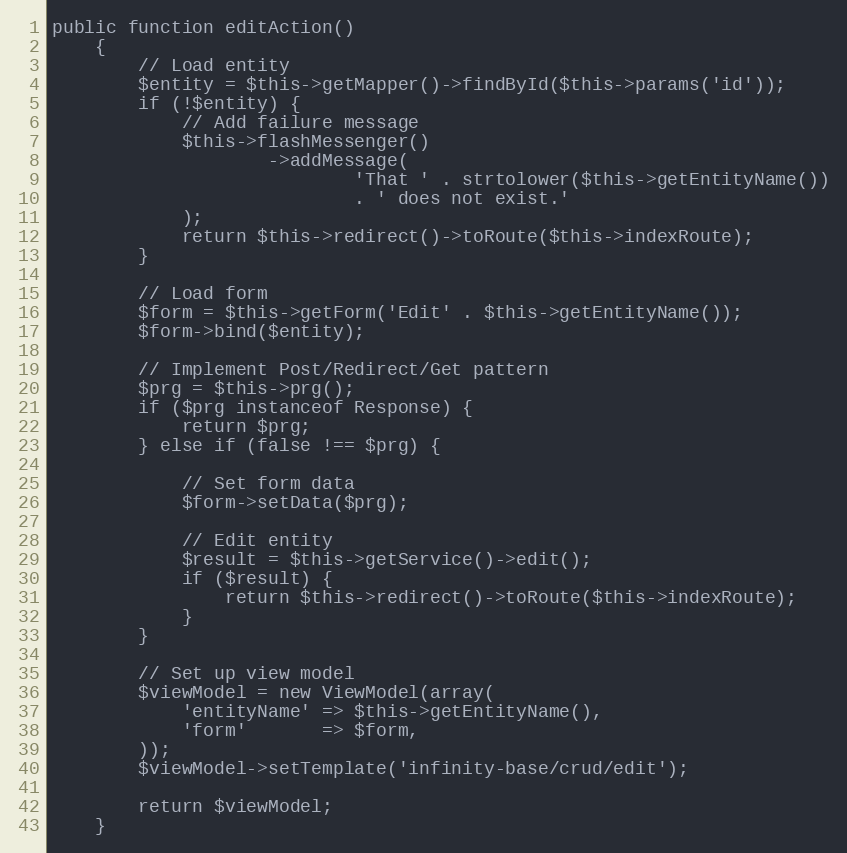
Language: PHP
public function editAction()
    {
        // Load entity
        $entity = $this->getMapper()->findById($this->params('id'));
        if (!$entity) {
            // Add failure message
            $this->flashMessenger()
                    ->addMessage(
                            'That ' . strtolower($this->getEntityName())
                            . ' does not exist.'
            );
            return $this->redirect()->toRoute($this->indexRoute);
        }

        // Load form
        $form = $this->getForm('Edit' . $this->getEntityName());
        $form->bind($entity);

        // Implement Post/Redirect/Get pattern
        $prg = $this->prg();
        if ($prg instanceof Response) {
            return $prg;
        } else if (false !== $prg) {

            // Set form data
            $form->setData($prg);

            // Edit entity
            $result = $this->getService()->edit();
            if ($result) {
                return $this->redirect()->toRoute($this->indexRoute);
            }
        }

        // Set up view model
        $viewModel = new ViewModel(array(
            'entityName' => $this->getEntityName(),
            'form'       => $form,
        ));
        $viewModel->setTemplate('infinity-base/crud/edit');

        return $viewModel;
    }